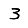
Digit: 3